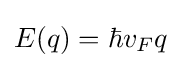
E(q)=\hbar v_{F}q